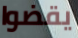
يقضوا